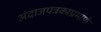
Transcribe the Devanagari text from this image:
अंदाजपत्रकाप्रमाणे